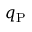
q _ { \mathrm { P } }